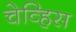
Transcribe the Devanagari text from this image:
चेव्हिस